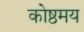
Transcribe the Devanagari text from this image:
कोष्ठमय